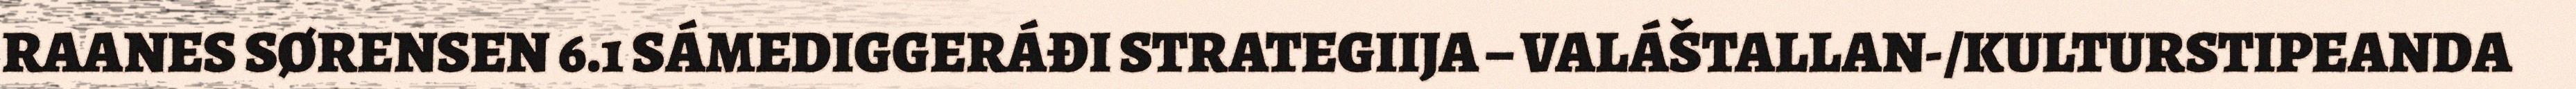
RAANES SØRENSEN 6.1 SÁMEDIGGERÁĐI STRATEGIIJA – VALÁŠTALLAN-/KULTURSTIPEANDA